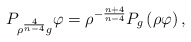
\begin{align*}P_{\rho ^{\frac{4}{n-4}}g}\varphi =\rho ^{-\frac{n+4}{n-4}}P_{g}\left( \rho\varphi \right) , \end{align*}